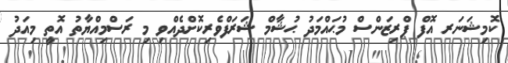
ކޮމިޝަނަރ އޮފް ޕްރިޒަންސް މުޙައްމަދު ޙުޝާމް ޝަރަފްވެރިކޮށްދެއްވި މި ރަސްމިއްޔާތު އޮތީ މިއަދު